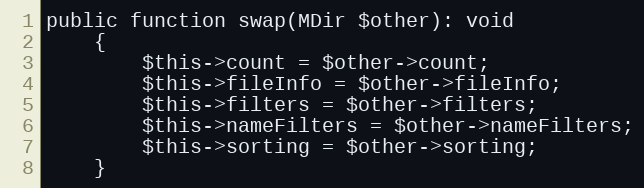
Language: PHP
public function swap(MDir $other): void
    {
        $this->count = $other->count;
        $this->fileInfo = $other->fileInfo;
        $this->filters = $other->filters;
        $this->nameFilters = $other->nameFilters;
        $this->sorting = $other->sorting;
    }